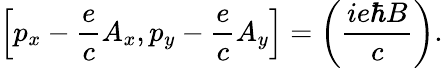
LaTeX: \left[p_{x}-{\frac{e}{c}}A_{x},p_{y}-{\frac{e}{c}}A_{y}\right]=\left({\frac{ie\hbar B}{c}}\right).